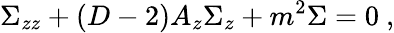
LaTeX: \Sigma_{zz}+(D-2)A_{z}\Sigma_{z}+m^{2}\Sigma=0~,